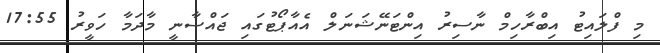
މި ފްލައިޓު އިބްރާހިމް ނާސިރު އިންޓަނޭޝަނަލް އެއާޕޯޓުގައި ޖައްސާނީ މާދަމާ ހަވީރު 17:55